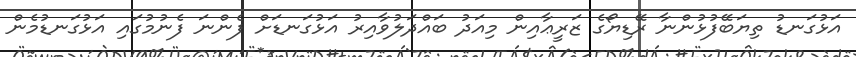
އަޅުގަނޑު ތިޔަބޭފުޅުންނާ ރޭޑިޔޯގެ ޒަރީޢާއިން މިއަދު ބައްދަލުވާއިރު އަޅުގަނޑަށް ފެންނަ ފެނުމުގައި އަޅުގަނޑުމެން